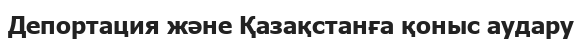
Депортация және Қазақстанға қоныс аудару